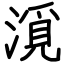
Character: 漞